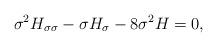
LaTeX: \begin{align*}\sigma^2 H_{\sigma \sigma} -\sigma H_{\sigma} -8\sigma^2 H=0,\end{align*}